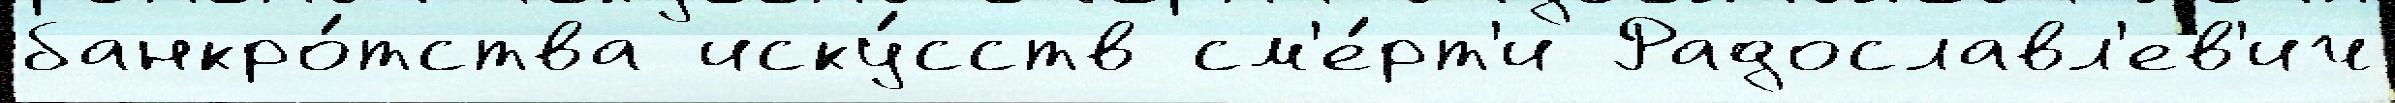
банкро́тства иску́сств см'е́рт'и Радославл'ев'ич